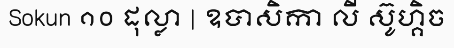
Sokun ១០ ដុល្លា | ឧបាសិកា លី ស៊ូហ្គិច